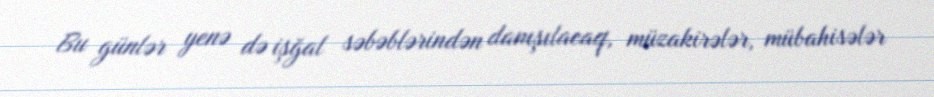
Bu günlər yenə də işğal səbəblərindən danışılacaq, müzakirələr, mübahisələr